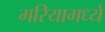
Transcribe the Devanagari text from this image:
मरियामध्ये